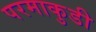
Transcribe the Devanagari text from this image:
परमाकुडी